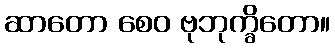
ဆာတော စေဝ ဗုဘုက္ခိတော။